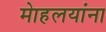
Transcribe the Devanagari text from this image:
माेहलयांना